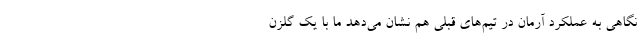
نگاهی به عملکرد آرمان در تیم‌های قبلی هم نشان می‌دهد ما با یک گلزن